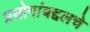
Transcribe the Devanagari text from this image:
प्रयोगांबद्दलचे